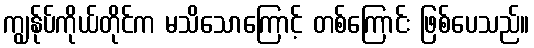
ကျွန်ုပ်ကိုယ်တိုင်က မသိသောကြောင့် တစ်ကြောင်း ဖြစ်ပေသည်။